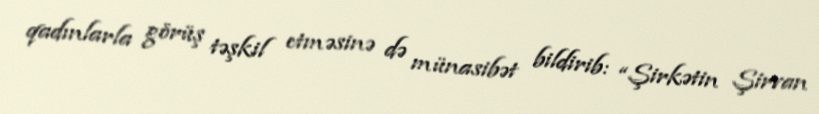
qadınlarla görüş təşkil etməsinə də münasibət bildirib: “Şirkətin Şirvan